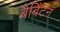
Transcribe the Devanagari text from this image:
बैबिंटन